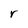
Character: r